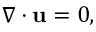
\nabla \cdot \mathbf { u } = 0 ,